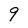
Character: 9